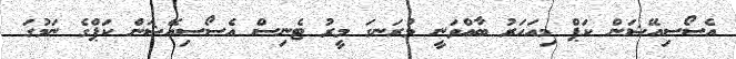
އެސޯސިއޭޝަން ކަޕް މިއަހަރު ބާއްވަނީ މުރަނގަ މީރު ޓެނިސް އެސޯސިއޭޝަން ކަޕްގެ ނަމުގަ